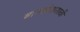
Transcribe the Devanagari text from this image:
बारकोडासाठी